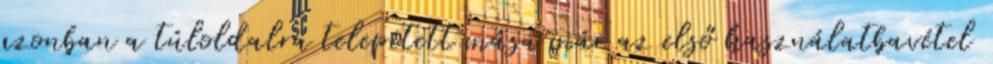
azonban a túloldalra telepített mása már az első használatbavétel